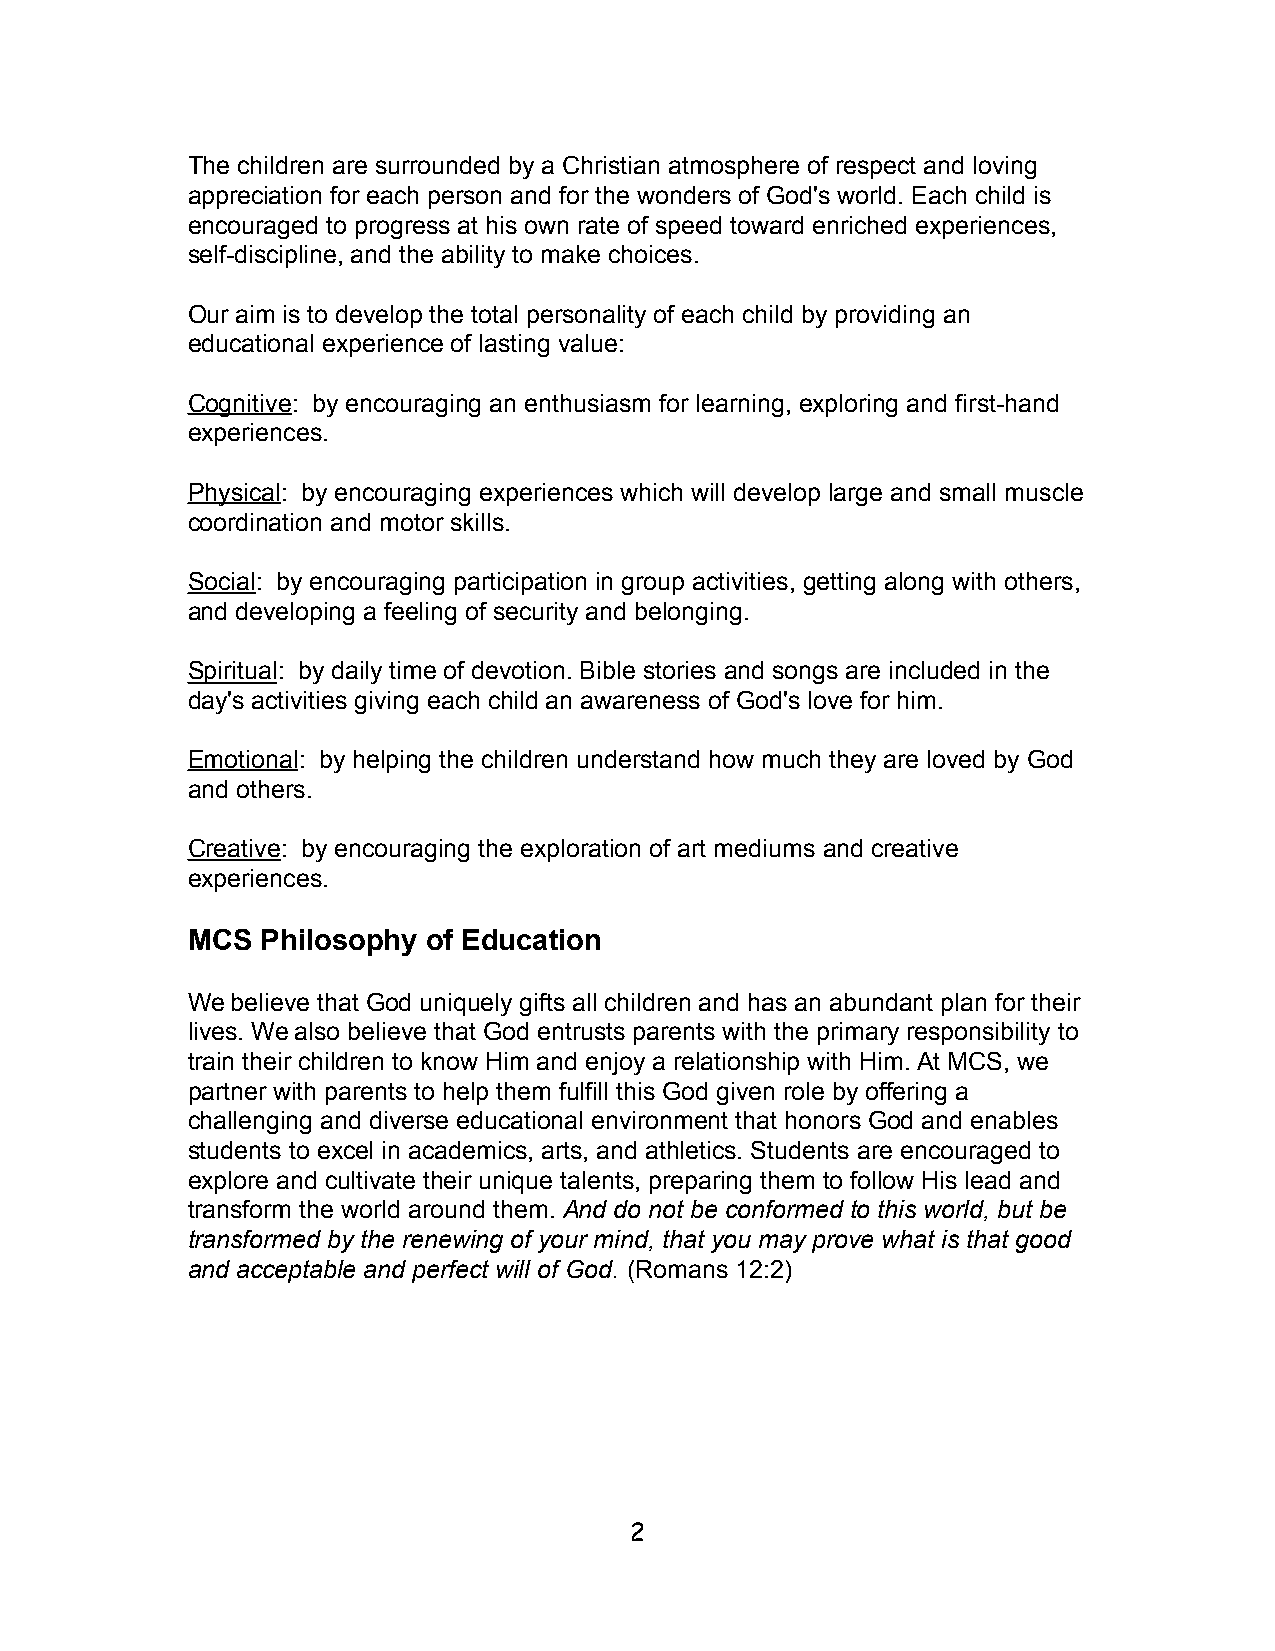
The children are surrounded by a Christian atmosphere of respect and loving
 appreciation for each person and for the wonders of God's world. Each child is
 encouraged to progress at his own rate of speed toward enriched experiences,
 self-discipline, and the ability to make choices.
 Our aim is to develop the total personality of each child by providing an
 educational experience of lasting value:
 Cognitive: by encouraging an enthusiasm for learning, exploring and first-hand
 experiences.
 Physical: by encouraging experiences which will develop large and small muscle
 coordination and motor skills.
 Social: by encouraging participation in group activities, getting along with others,
 and developing a feeling of security and belonging.
 Spiritual: by daily time of devotion. Bible stories and songs are included in the
 day's activities giving each child an awareness of God's love for him.
 Emotional: by helping the children understand how much they are loved by God
 and others.
 Creative: by encouraging the exploration of art mediums and creative
 experiences.
 MCS  Philosophy of Education
 We believe that God uniquely gifts all children and has an abundant plan for their
 lives. We also believe that God entrusts parents with the primary responsibility to
 train their children to know Him and enjoy a relationship with Him. At MCS, we
 partner with parents to help them fulfill this God given role by offering a
 challenging and diverse educational environment that honors God and enables
 students to excel in academics, arts, and athletics. Students are encouraged to
 explore and cultivate their unique talents, preparing them to follow His lead and
 transform the world around them. And do not be conformed to this world, but be
 transformed by the renewing of your mind, that you may prove what is that good
 and acceptable and perfect will of God. (Romans 12:2)
 2